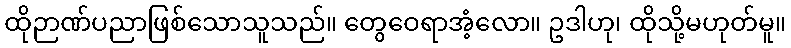
ထိုဉာဏ်ပညာဖြစ်သောသူသည်။ တွေဝေရာအံ့လော။ ဥဒါဟု၊ ထိုသို့မဟုတ်မူ။